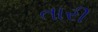
તારી